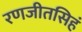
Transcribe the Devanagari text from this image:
रणजीतसिहं